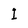
Character: I